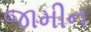
જામીન